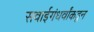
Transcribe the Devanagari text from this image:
सवाईगंधर्वांकडून